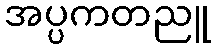
အပ္ပကတညူ